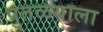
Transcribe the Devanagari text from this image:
पुतळयाला